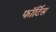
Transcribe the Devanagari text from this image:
फॉर्टिस